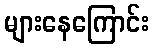
များနေကြောင်း